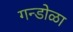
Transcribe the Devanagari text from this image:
गन्डोळा